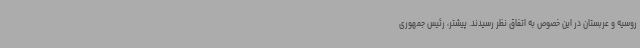
روسیه و عربستان در این خصوص به اتفاق نظر رسیدند. پیشتر، رئیس جمهوری